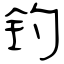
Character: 钓